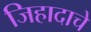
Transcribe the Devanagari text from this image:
जिहादाचे